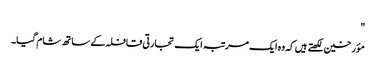
"
مؤرخین لکھتے ہیں کہ وہ ایک مرتبہ ایک تجارتی قافلہ کے ساتھ شام گیا۔